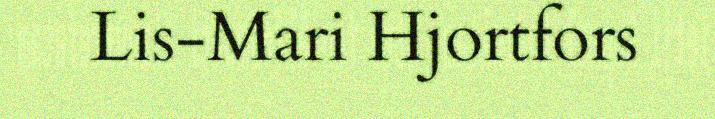
Lis-Mari Hjortfors